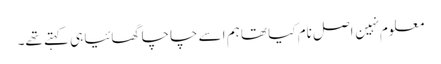
معلوم نہین اصل نام کیا تھا ہم اسے چاچا گھائیا ہی کہتے تھے۔